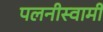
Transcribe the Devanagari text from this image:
पलनीस्वामी